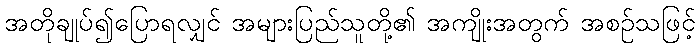
အတိုချုပ်၍ပြောရလျှင် အများပြည်သူတို့၏ အကျိုးအတွက် အစဉ်သဖြင့်